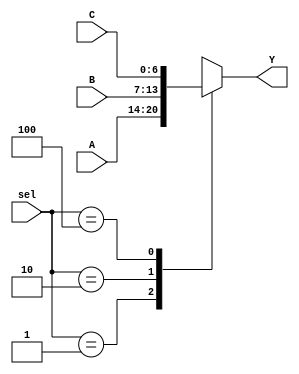
`timescale 1ns / 1ps
//////////////////////////////////////////////////////////////////////////////////
// Company: 
// Engineer: 
// 
// Design Name: 
// Module Name:    MUX3a1 
// Project Name: 
// Target Devices: 
// Tool versions: 
// Description: 
//
// Dependencies: 
//
// Revision: 
// Revision 0.01 - File Created
// Additional Comments: 
//
//////////////////////////////////////////////////////////////////////////////////
module MUX3a1(A, B, C, sel, Y);
input  [2:0]sel;
input [6:0] A, B, C;
output reg [6:0] Y;

always @(sel or A or B or C)
	begin
	case (sel)
		3'b001 : Y=A;
		3'b010 : Y=B;
		3'b100 : Y=C;
		
		default : Y = 7'bxxxxxxx;
		
	endcase
	end
	
endmodule